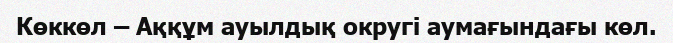
Көккөл – Аққұм ауылдық округі аумағындағы көл.